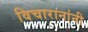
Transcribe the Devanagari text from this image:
विचारानांनी